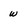
Character: w